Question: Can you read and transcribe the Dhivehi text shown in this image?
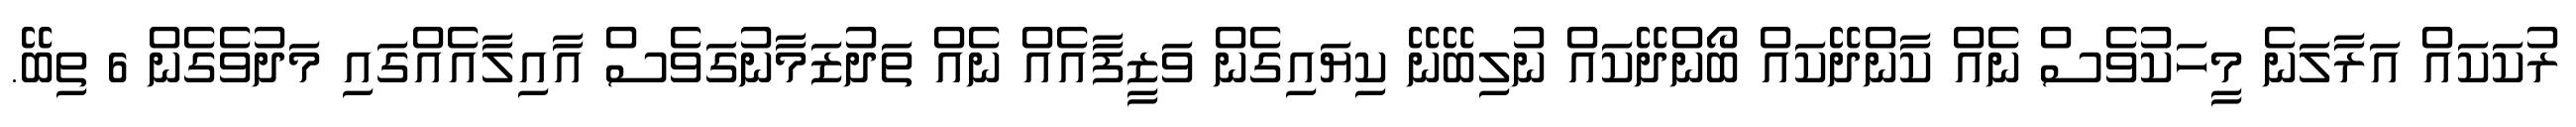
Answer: ރުކަކައް އަރާލަނެ މީހަކުވެސް ނެއް ކާންދޭކައް ބޯންދޭކައް ނުލިބޭނޭ ކިޔައިގެން ވަޒީފާއެއް ނެއް ތަދުޒަމާނުގަވެސް އާއިލާއެއްގައި މަދުވެގެން 6 ތިބޭ.